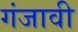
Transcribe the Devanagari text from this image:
गंजावी